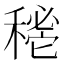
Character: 𥡔